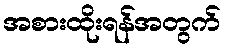
အစားထိုးရန်အတွက်